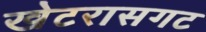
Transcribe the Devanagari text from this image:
खेटरासगट